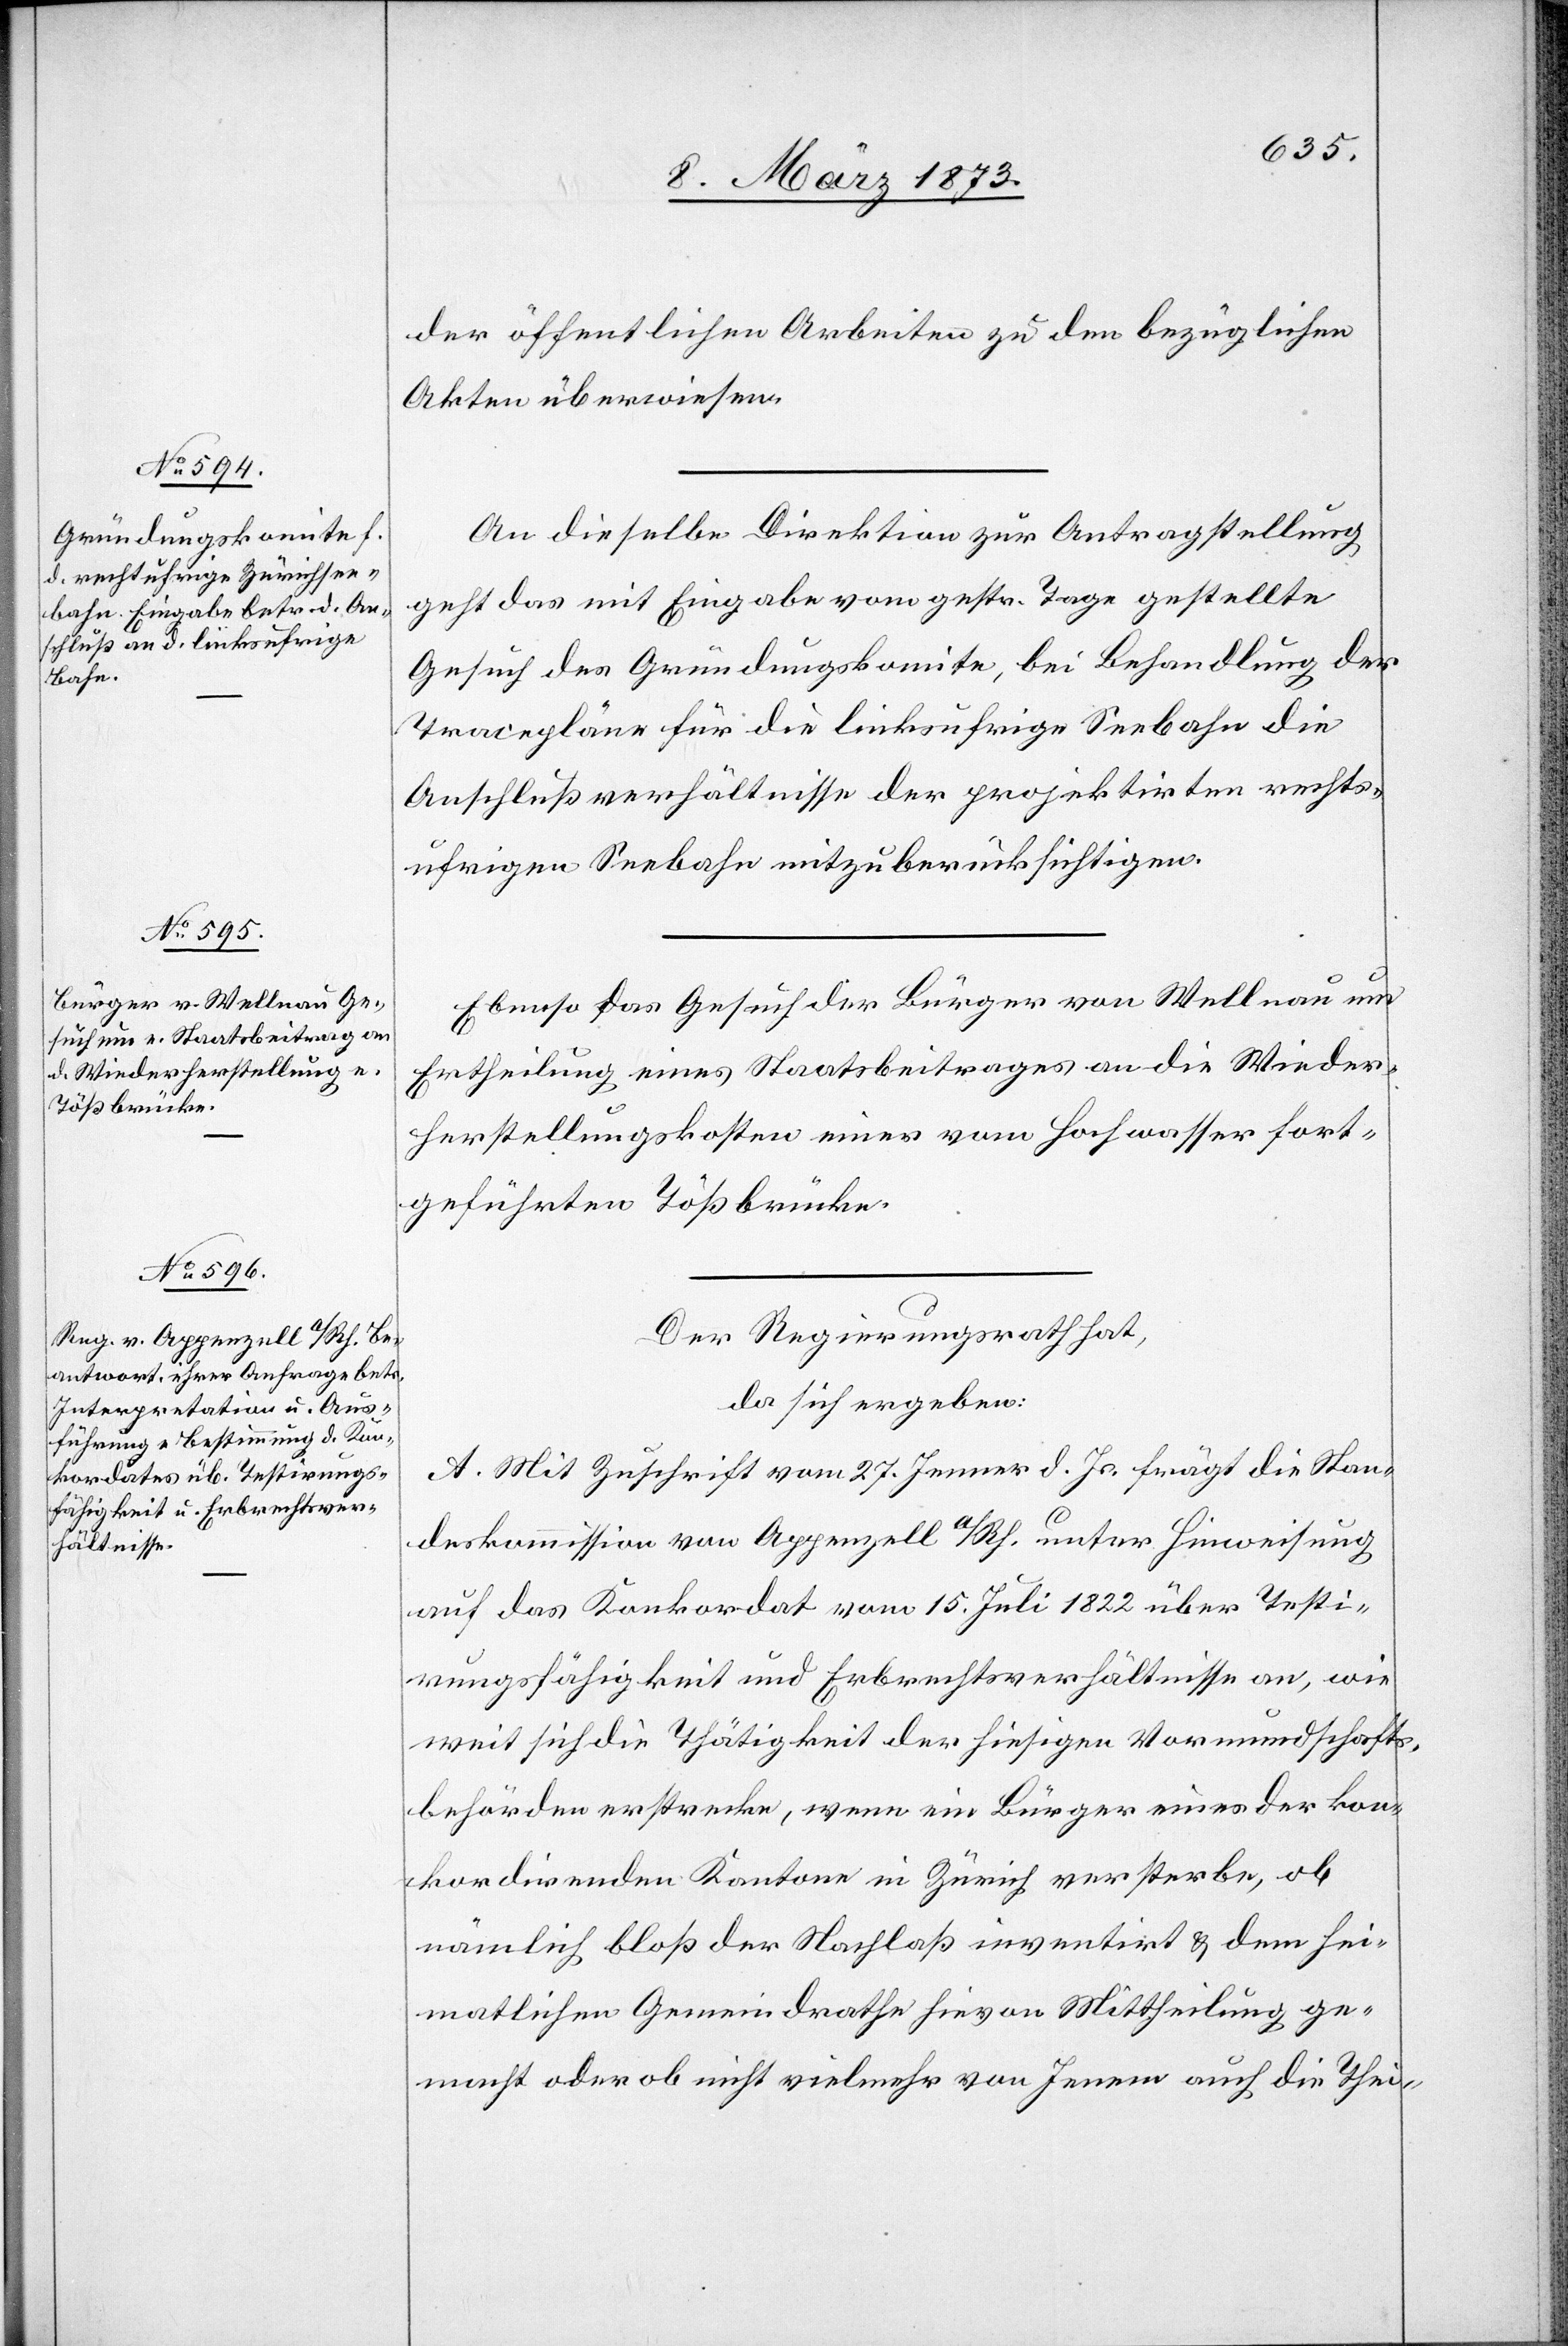
10. März 1873.]
der öffentlichen Arbeiten zu den bezüglichen
Akten überwiesen.
An dieselbe Direktion zur Antragstellung
geht das mit Eingabe vom gestr. Tage gestellte
Gesuch des Gründungskomite, bei Behandlung der
Tracepläne für die linksufrige Seebahn die
Anschlußverhältnisse der projektirten rechts¬
ufrigen Seebahn mitzuberücksichtigen.
Ebenso das Gesuch der Bürger von Wellnau um
Ertheilung eines Staatsbeitrages an die Wieder¬
herstellungskosten einer vom Hochwasser fort¬
geführten Tößbrücke.
Der Regierungsrath hat,
da sich ergeben:
A. Mit Zuschrift vom 27. Jenner d. Js. frägt die Stan¬
deskommission von Appenzell a/Rh. unter Hinweisung
auf das Konkordat vom 15. Juli 1822 über Testi¬
rungsfähigkeit und Erbrechtsverhältnisse an, wie
weit sich die Thätigkeit der hiesigen Vormundschafts¬
behörden erstrecke, wenn ein Bürger eines [sic!] der kon¬
kordirenden Kantone in Zürich versterbe, ob
nämlich bloß der Nachlaß inventirt u. dem hei¬
mathlichen Gemeindrathe hievon Mittheilung ge¬
macht oder ob nicht vielmehr von Jenem auch die Thei-